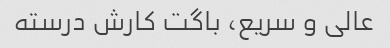
عالی و سریع، باگت کارش درسته